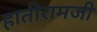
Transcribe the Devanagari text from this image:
हातीरामजी